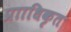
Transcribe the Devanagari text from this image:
प्रााधिकृत